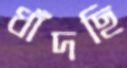
ধাঁদছি